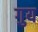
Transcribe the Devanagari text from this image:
गुय